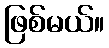
ဖြစ်မယ်။